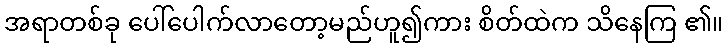
အရာတစ်ခု ပေါ်ပေါက်လာတော့မည်ဟူ၍ကား စိတ်ထဲက သိနေကြ ၏။